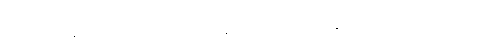
အကြင်အခါ၌။ ကာမရာဂပရိယုဋ္ဌိတေန၊ ကာမရာဂသည်နှိပ်စက်အပ်သော။ စေတသာ၊